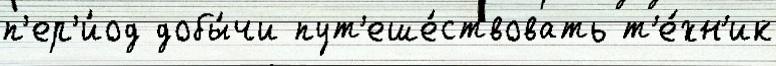
п'ер'и́од добы́чи пут'еше́ствовать т'е́хн'ик